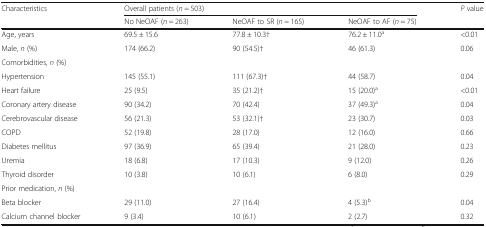
<table><thead><tr><td rowspan="2"><b>Characteristics</b></td><td colspan="3"><b>Overall patients (<i>n</i> = 503)</b></td><td rowspan="2"><b><i>P</i> value</b></td></tr><tr><td><b>No NeOAF (<i>n</i> = 263)</b></td><td><b>NeOAF to SR (<i>n</i> = 165)</b></td><td><b>NeOAF to AF (<i>n</i> = 75)</b></td></tr></thead><tbody><tr><td>Age, years</td><td>69.5 ± 15.6</td><td>77.8 ± 10.3†</td><td>76.2 ± 11.0<sup>a</sup></td><td>&lt;0.01</td></tr><tr><td>Male, <i>n</i> (%)</td><td>174 (66.2)</td><td>90 (54.5)†</td><td>46 (61.3)</td><td>0.06</td></tr><tr><td colspan="5">Comorbidities, <i>n</i> (%)</td></tr><tr><td>Hypertension</td><td>145 (55.1)</td><td>111 (67.3)†</td><td>44 (58.7)</td><td>0.04</td></tr><tr><td>Heart failure</td><td>25 (9.5)</td><td>35 (21.2)†</td><td>15 (20.0)<sup>a</sup></td><td>&lt;0.01</td></tr><tr><td>Coronary artery disease</td><td>90 (34.2)</td><td>70 (42.4)</td><td>37 (49.3)<sup>a</sup></td><td>0.04</td></tr><tr><td>Cerebrovascular disease</td><td>56 (21.3)</td><td>53 (32.1)†</td><td>23 (30.7)</td><td>0.03</td></tr><tr><td>COPD</td><td>52 (19.8)</td><td>28 (17.0)</td><td>12 (16.0)</td><td>0.66</td></tr><tr><td>Diabetes mellitus</td><td>97 (36.9)</td><td>65 (39.4)</td><td>21 (28.0)</td><td>0.23</td></tr><tr><td>Uremia</td><td>18 (6.8)</td><td>17 (10.3)</td><td>9 (12.0)</td><td>0.26</td></tr><tr><td>Thyroid disorder</td><td>10 (3.8)</td><td>10 (6.1)</td><td>6 (8.0)</td><td>0.29</td></tr><tr><td colspan="5">Prior medication, <i>n</i> (%)</td></tr><tr><td>Beta blocker</td><td>29 (11.0)</td><td>27 (16.4)</td><td>4 (5.3)<sup>b</sup></td><td>0.04</td></tr><tr><td>Calcium channel blocker</td><td>9 (3.4)</td><td>10 (6.1)</td><td>2 (2.7)</td><td>0.32</td></tr></tbody></table>